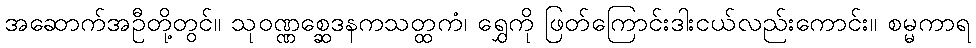
အဆောက်အဦတို့တွင်။ သုဝဏ္ဏစ္ဆေဒနကသတ္ထကံ၊ ရွှေကို ဖြတ်ကြောင်းဒါးငယ်လည်းကောင်း။ စမ္မကာရ